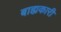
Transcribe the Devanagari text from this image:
बाह्यकारी